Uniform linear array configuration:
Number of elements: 16
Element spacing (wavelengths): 0.5
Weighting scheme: uniform
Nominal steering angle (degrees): -30
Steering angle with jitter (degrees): -31.818
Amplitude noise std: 0.05
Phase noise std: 0.05

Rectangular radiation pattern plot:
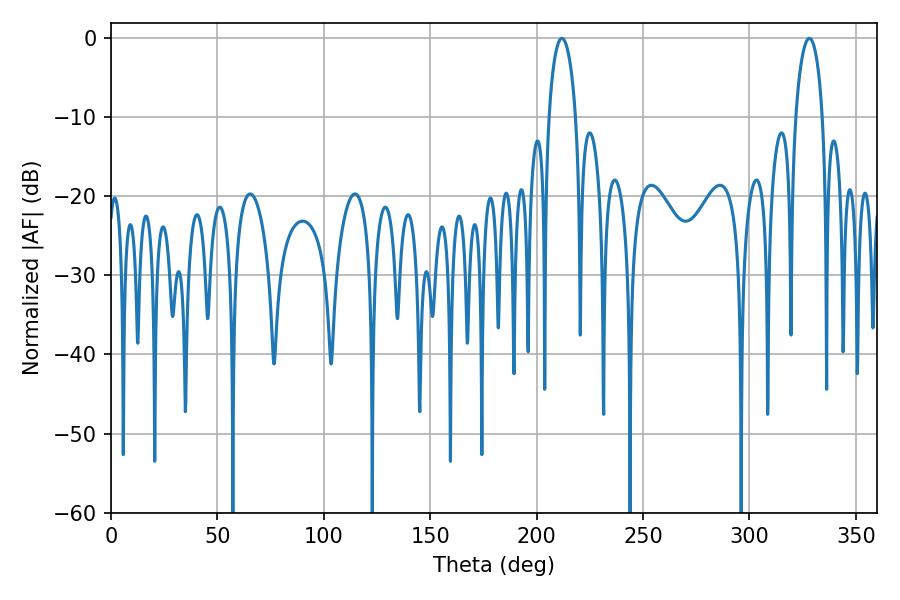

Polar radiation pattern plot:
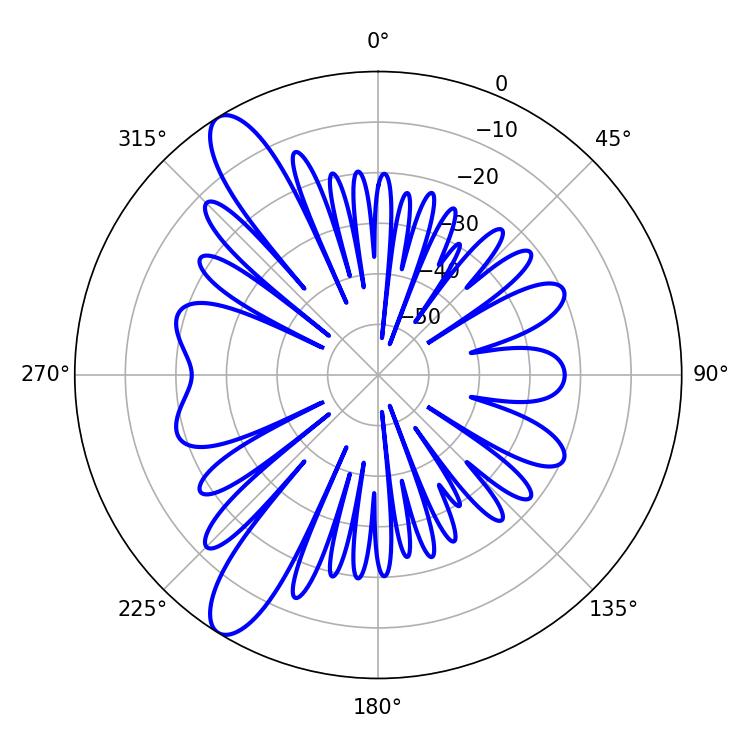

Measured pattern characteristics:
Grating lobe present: FALSE
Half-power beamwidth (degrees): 7.2
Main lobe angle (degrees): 211.86